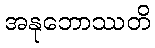
အနုဘောဿတိ